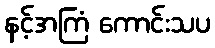
နင့်အကြံ ကောင်းသပ